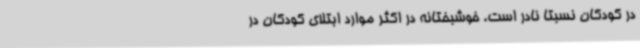
در کودکان نسبتا نادر است. خوشبختانه در اکثر موارد ابتلای کودکان در